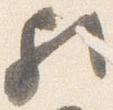
歟